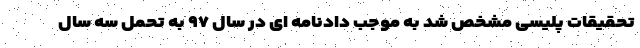
تحقیقات پلیسی مشخص شد به موجب دادنامه ای در سال ۹۷ به تحمل سه سال